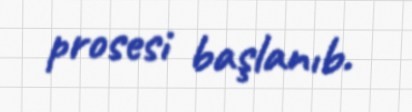
prosesi başlanıb.